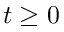
t \ge 0